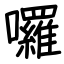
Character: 囉